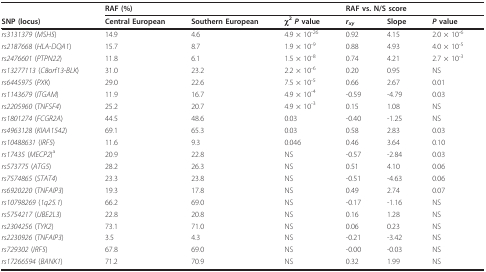
<table><thead><tr><td></td><td colspan="3"><b>RAF (%)</b></td><td colspan="3"><b>RAF vs. N/S score</b></td></tr><tr><td><b>SNP (locus)</b></td><td><b>Central European</b></td><td><b>Southern European</b></td><td><b>χ<sup>2 </sup><i>P </i>value</b></td><td><b><i>r<sub>xy</sub></i></b></td><td><b>Slope</b></td><td><b><i>P </i>value</b></td></tr></thead><tbody><tr><td><i>rs3131379 </i>(<i>MSH5</i>)</td><td>14.9</td><td>4.6</td><td>4.9 × 10<sup>-26</sup></td><td>0.92</td><td>4.15</td><td>2.0 × 10<sup>-6</sup></td></tr><tr><td><i>rs2187668 </i>(<i>HLA-DQA1</i>)</td><td>15.7</td><td>8.7</td><td>1.9 × 10<sup>-9</sup></td><td>0.88</td><td>4.93</td><td>4.0 × 10<sup>-5</sup></td></tr><tr><td><i>rs2476601 </i>(<i>PTPN22</i>)</td><td>11.8</td><td>6.1</td><td>1.5 × 10<sup>-8</sup></td><td>0.74</td><td>4.21</td><td>2.7 × 10<sup>-3</sup></td></tr><tr><td><i>rs13277113 </i>(<i>C8orf13-BLK</i>)</td><td>31.0</td><td>23.2</td><td>2.2 × 10<sup>-6</sup></td><td>0.20</td><td>0.95</td><td>NS</td></tr><tr><td><i>rs6445975 </i>(<i>PXK</i>)</td><td>29.0</td><td>22.6</td><td>7.5 × 10<sup>-5</sup></td><td>0.66</td><td>2.67</td><td>0.01</td></tr><tr><td><i>rs1143679 </i>(<i>ITGAM</i>)</td><td>11.9</td><td>16.7</td><td>4.9 × 10<sup>-4</sup></td><td>-0.59</td><td>-4.79</td><td>0.03</td></tr><tr><td><i>rs2205960 </i>(<i>TNFSF4</i>)</td><td>25.2</td><td>20.7</td><td>4.9 × 10<sup>-3</sup></td><td>0.15</td><td>1.08</td><td>NS</td></tr><tr><td><i>rs1801274 </i>(<i>FCGR2A</i>)</td><td>44.5</td><td>48.6</td><td>0.03</td><td>-0.40</td><td>-1.25</td><td>NS</td></tr><tr><td><i>rs4963128 </i>(<i>KIAA1542</i>)</td><td>69.1</td><td>65.3</td><td>0.03</td><td>0.58</td><td>2.83</td><td>0.03</td></tr><tr><td><i>rs10488631 </i>(<i>IRF5</i>)</td><td>11.6</td><td>9.3</td><td>0.046</td><td>0.46</td><td>3.64</td><td>0.10</td></tr><tr><td><i>rs17435 </i>(<i>MECP2</i>)<sup>a</sup></td><td>20.9</td><td>22.8</td><td>NS</td><td>-0.57</td><td>-2.84</td><td>0.03</td></tr><tr><td><i>rs573775 </i>(<i>ATG5</i>)</td><td>28.2</td><td>26.3</td><td>NS</td><td>0.51</td><td>4.10</td><td>0.06</td></tr><tr><td><i>rs7574865 </i>(<i>STAT4</i>)</td><td>23.3</td><td>23.8</td><td>NS</td><td>-0.51</td><td>-4.63</td><td>0.06</td></tr><tr><td><i>rs6920220 </i>(<i>TNFAIP3</i>)</td><td>19.3</td><td>17.8</td><td>NS</td><td>0.49</td><td>2.74</td><td>0.07</td></tr><tr><td><i>rs10798269 </i>(<i>1q25.1</i>)</td><td>66.2</td><td>69.0</td><td>NS</td><td>-0.17</td><td>-1.16</td><td>NS</td></tr><tr><td><i>rs5754217 </i>(<i>UBE2L3</i>)</td><td>22.8</td><td>20.8</td><td>NS</td><td>0.16</td><td>1.28</td><td>NS</td></tr><tr><td><i>rs2304256 </i>(<i>TYK2</i>)</td><td>73.1</td><td>71.0</td><td>NS</td><td>0.06</td><td>0.23</td><td>NS</td></tr><tr><td><i>rs2230926 </i>(<i>TNFAIP3</i>)</td><td>3.5</td><td>4.3</td><td>NS</td><td>-0.21</td><td>-3.42</td><td>NS</td></tr><tr><td><i>rs729302 </i>(<i>IRF5</i>)</td><td>67.8</td><td>69.0</td><td>NS</td><td>-0.00</td><td>-0.03</td><td>NS</td></tr><tr><td><i>rs17266594 </i>(<i>BANK1</i>)</td><td>71.2</td><td>70.9</td><td>NS</td><td>0.32</td><td>1.99</td><td>NS</td></tr></tbody></table>